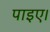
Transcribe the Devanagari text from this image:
पाइए।